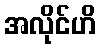
အလိုင်ဟိ